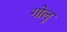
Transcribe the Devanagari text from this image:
गोलु